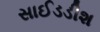
સાઈડડીશ